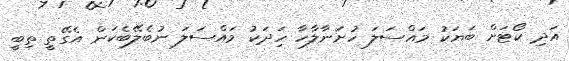
އަދި ކޯޓަށް ބަޔަކު މައްސަލަ ހުށަނާލާހާ ހިަދަކު މައްސަލަ ނުބެލޭބެކަން އެގޭތީ ތިބީ